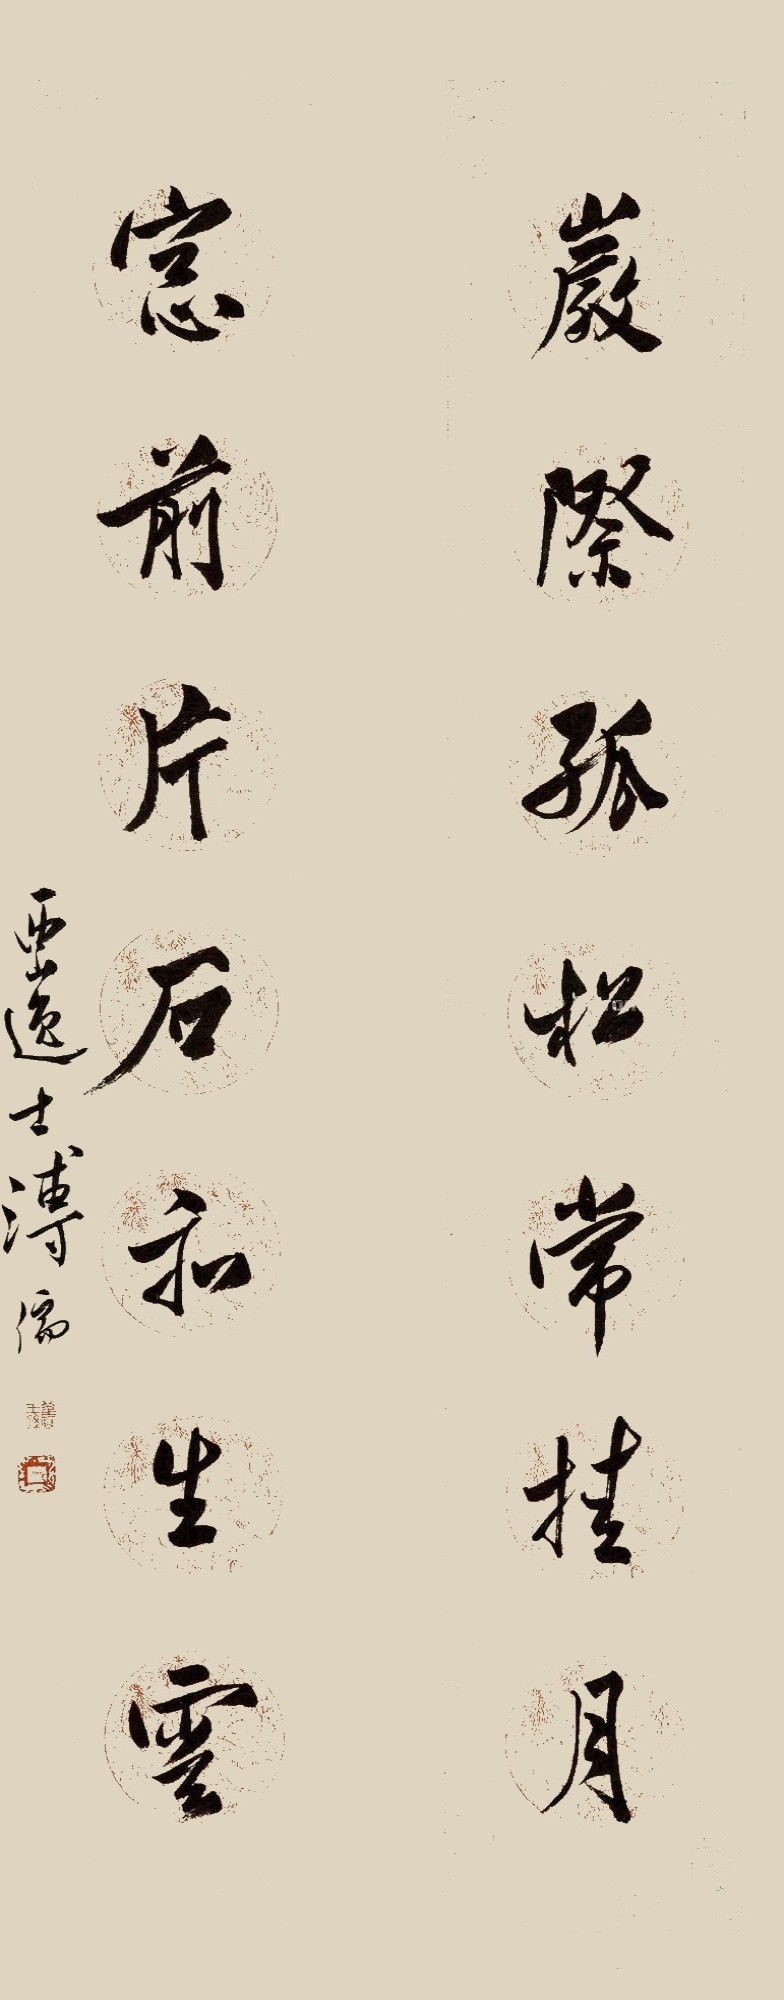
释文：巌际孤松常挂月，窗前片石和生云。西山逸士溥儒。